Leaving Certificate Examination (including Day School Certificate (Higher) General paper), 1939
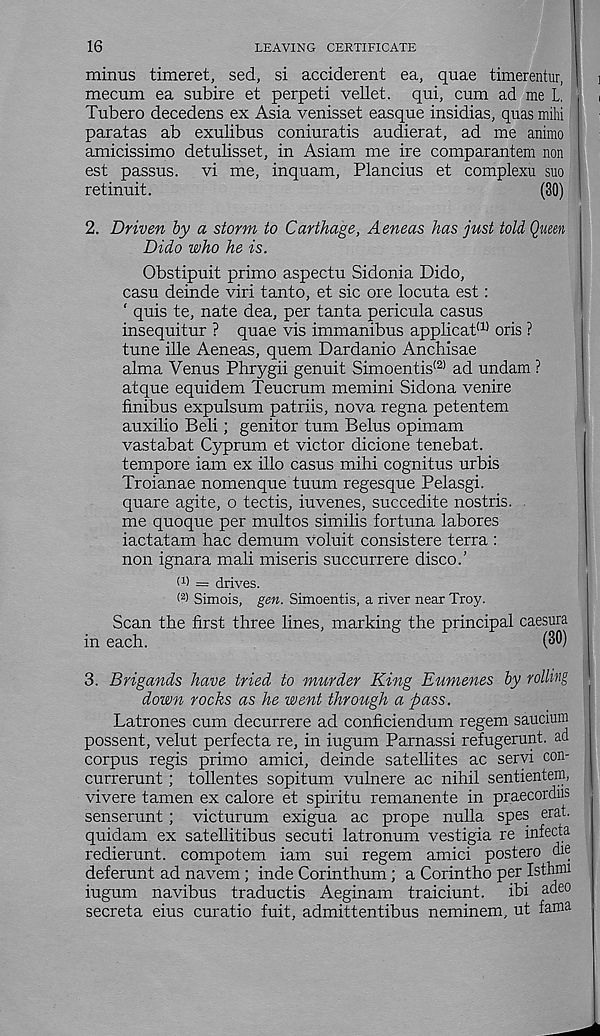
16
LEAVING CERTIFICATE
minus timeret, sed, si acciderent ea, quae timerentur,
mecum ea subire et perpeti vellet. qui, cum ad me L.
Tubero decedens ex Asia venisset easque insidias, quas mihi
paratas ab exulibus coniuratis audierat, ad me animo
amicissimo detulisset, in Asiam me ire comparantem non
est passus. vi me, inquam, Plancius et complexu suo
retinuit.
(30)
I
2. Driven by a storm to Carthage, Aeneas has just told Quern
Dido who he is.
Obstipuit prime aspectu Sidonia Dido,
casu deinde viri tanto, et sic ore locuta est:
‘ quis te, nate dea, per tanta pericula casus
insequitur ? quae vis immanibus applicat (1) oris ?
tune ille Aeneas, quern Dardanio Anchisae
alma Venus Phrygii genuit Simoentis (2) ad undam ?
atque equidem Teucrum memini Sidona venire
finibus expulsum patriis, nova regna petentem
auxilio Beli; genitor turn Belus opimam
vastabat Cyprum et victor dicione tenebat.
tempore iam ex illo casus mihi cognitus urbis
Troianae nomenque tuum regesque Pelasgi.
quare agite, o tectis, iuvenes, succedite nostris.
me quoque per multos similis fortuna labores
iactatam hac demum voluit consistere terra :
non ignara mali miseris succurrere disco.’
(!) = drives.
< 2 > Simois, gen. Simoentis, a river near Troy.
Scan the first three lines, marking the principal caesura
in each.
(30)
3. Brigands have tried to murder King Eumenes by rolling
down rocks as he went through a pass.
Latrones cum decurrere ad conficiendum regem saucium
possent, velut perfecta re, in iugum Parnassi refugerunt. ad
corpus regis prime amici, deinde satellites ac seryi con-
currerunt; tollentes sopitum vulnere ac nihil sentientem,
vivere tamen ex calore et spiritu remanente in praecordus
senserunt; victurum exigua ac prope nulla spes erat.
quidam ex satellitibus secuti latronum vestigia re infecta
redierunt. compotem iam sui regem amici postero die
deferunt ad navem ; inde Corinthum; a Corintho per Isthmi
iugum navibus traductis Aeginam traiciunt. ibi adeo
secreta eius curatio fuit, admittentibus neminem, ut fama